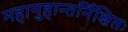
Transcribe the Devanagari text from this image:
महागुहान्तर्निक्षिप्तः